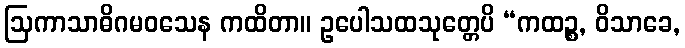
ဩကာသာဓိဂမဝသေန ကထိတာ။ ဥပေါသထသုတ္တေပိ “ကထဉ္စ, ဝိသာခေ,